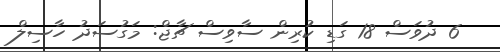
6 ދުވަސް 18 ގަޑި ކުރިން ސާވިސް ޗާޖް: މަގުސަދު ހާސިލް